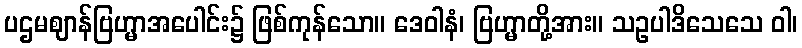
ပဌမဈာန်ဗြဟ္မာအပေါင်း၌ ဖြစ်ကုန်သော။ ဒေဝါနံ၊ ဗြဟ္မာတို့အား။ သဥပါဒိသေသေ ဝါ၊